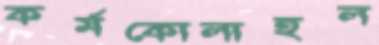
কর্মকোলাহল